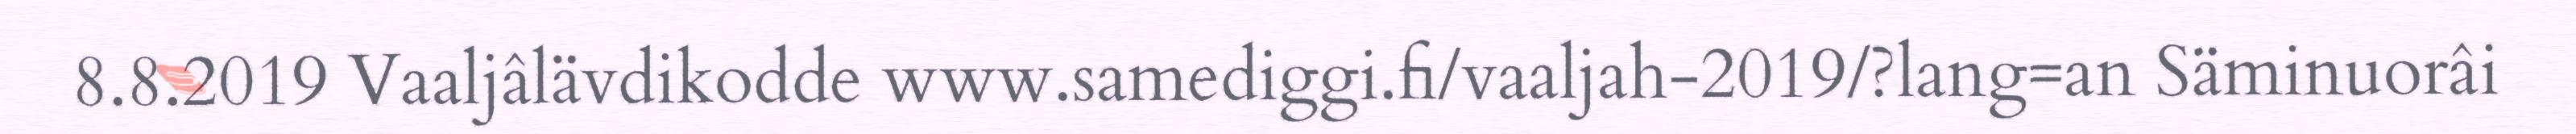
8.8.2019 Vaaljâlävdikodde www.samediggi.fi/vaaljah-2019/?lang=an Säminuorâi